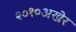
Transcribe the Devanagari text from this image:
२०१०अखेर